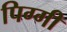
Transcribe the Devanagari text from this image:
पिग्गी